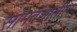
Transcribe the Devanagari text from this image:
सोमवंशातील